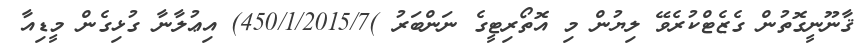
ޤާނޫނީގޮތުން ގެޒެޓްކުރެވޭ ލިޔުން މި އޮތޯރިޓީގެ ނަންބަރު )450/1/2015/7) އިޢުލާނާ ގުޅިގެން މީޑިއާ